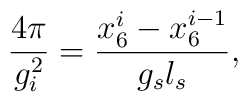
\frac{4 \pi}{g_i^2}=\frac{x_6^i-x_6^{i-1}}{g_s l_s},